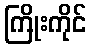
ကြိုးကိုင်